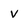
Character: V